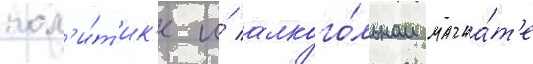
пол'и́т'ик'е и́ алкого́льном магна́т'е